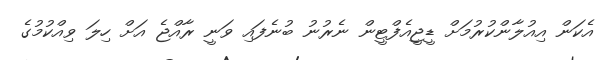
އެކަން އިއުލާންކުރުމަށް ޑީޖީއެފްޓީން ނެރުނު ބުނެފައި ވަނީ ރާއްޖެ އަށް ހިލަ ވިއްކުމުގެ